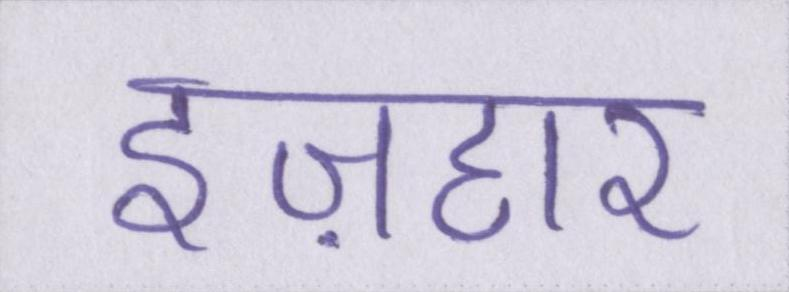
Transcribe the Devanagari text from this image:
इज़हार